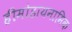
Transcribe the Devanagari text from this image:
हीमोडायनामिक